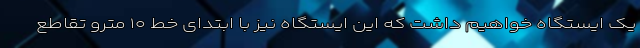
یک ایستگاه خواهیم داشت که این ایستگاه نیز با ابتدای خط ۱۰ مترو تقاطع